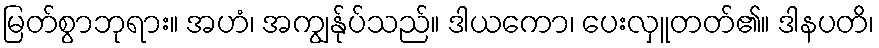
မြတ်စွာဘုရား။ အဟံ၊ အကျွန်ုပ်သည်။ ဒါယကော၊ ပေးလှူတတ်၏။ ဒါနပတိ၊